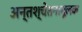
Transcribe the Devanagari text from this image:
अन्तश्चेतनामूलक